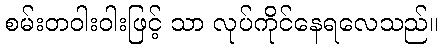
စမ်းတဝါးဝါးဖြင့် သာ လုပ်ကိုင်နေရလေသည်။